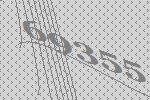
69355